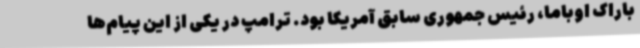
باراک اوباما، رئیس جمهوری سابق آمریکا بود. ترامپ در یکی از این پیام‌ها